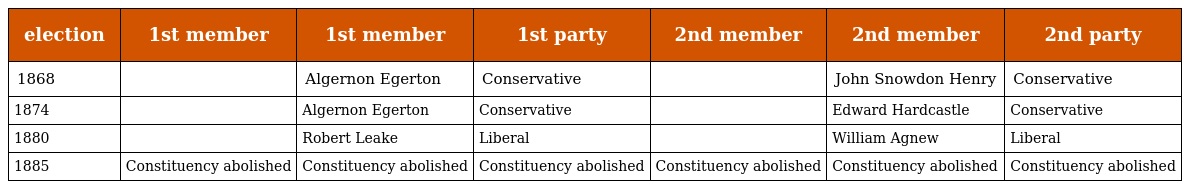
| election | 1st member | 1st member | 1st party | 2nd member | 2nd member | 2nd party |
 | --- | --- | --- | --- | --- | --- | --- |
 | 1868 |  | Algernon Egerton | Conservative |  | John Snowdon Henry | Conservative |
 | 1874 |  | Algernon Egerton | Conservative |  | Edward Hardcastle | Conservative |
 | 1880 |  | Robert Leake | Liberal |  | William Agnew | Liberal |
 | 1885 | Constituency abolished | Constituency abolished | Constituency abolished | Constituency abolished | Constituency abolished | Constituency abolished |